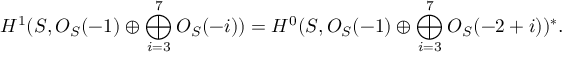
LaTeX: H ^ { 1 } ( { \cal S } , { \cal O } _ { { \cal S } } ( - 1 ) \oplus \bigoplus _ { i = 3 } ^ { 7 } { \cal O } _ { { \cal S } } ( - i ) ) = H ^ { 0 } ( { \cal S } , { \cal O } _ { { \cal S } } ( - 1 ) \oplus \bigoplus _ { i = 3 } ^ { 7 } { \cal O } _ { { \cal S } } ( - 2 + i ) ) ^ { * } .